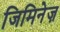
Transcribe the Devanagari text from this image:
जिमिनेज़